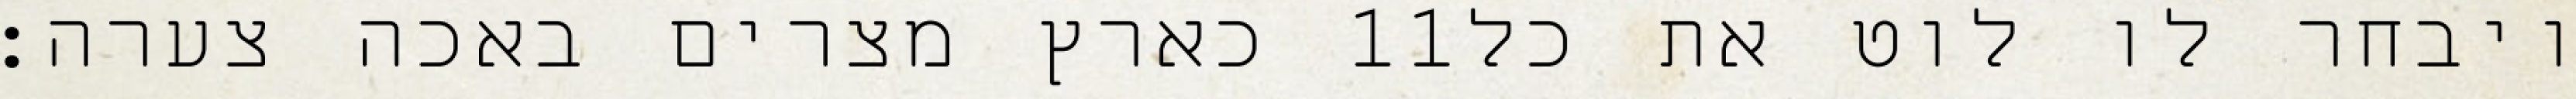
כארץ מצרים באכה צערה׃ ‎11‏ ויבחר לו לוט את כל